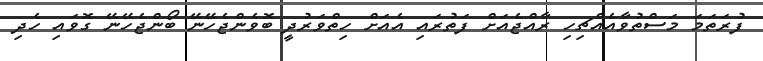
ފުރަތަމަ މަސްތުވާއެއްޗިހި ރާއްޖެއަށް ފަތުރައި އެއަށް ހިތްވަރުދީ ބޮވެންޖެހޭނޭ ބޯންޖެހޭނޭ ގޮވައި ހެދި